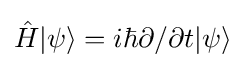
{\hat {H}}|\psi \rangle =i\hbar \partial /\partial t|\psi \rangle